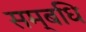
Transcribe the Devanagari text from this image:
सम्बधि